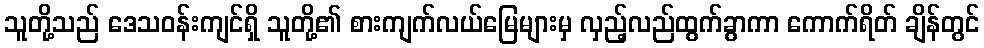
သူတို့သည် ဒေသဝန်းကျင်ရှိ သူတို့၏ စားကျက်လယ်မြေများမှ လှည့်လည်ထွက်ခွာကာ ကောက်ရိတ် ချိန်တွင်